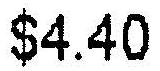
$4.40